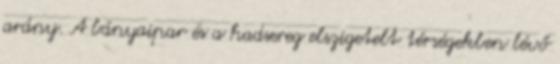
arány. A bányaipar és a hadsereg elszigetelt térségekben lévő